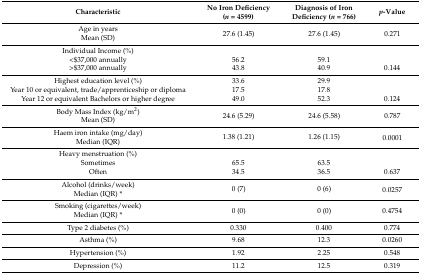
| Characteristic | No Iron Deficiency (n = 4599) | Diagnosis of Iron Deficiency (n = 766) | p-Value |
 | --- | --- | --- | --- |
 | Age in years | <ROWSPAN=2> 27.6 (1.45) | <ROWSPAN=2> 27.6 (1.45) | <ROWSPAN=2> 0.271 |
 | Mean (SD) |
 | Individual Income (%) |  |  |  |
 | <$37,000 annually | 56.2 | 59.1 |  |
 | >$37,000 annually | 43.8 | 40.9 | 0.144 |
 | Highest education level (%) | 33.6 | 29.9 |  |
 | Year 10 or equivalent, trade/apprenticeship or diploma | 17.5 | 17.8 |  |
 | Year 12 or equivalent Bachelors or higher degree | 49.0 | 52.3 | 0.124 |
 | Body Mass Index (kg/m2) | <ROWSPAN=2> 24.6 (5.29) | <ROWSPAN=2> 24.6 (5.58) | <ROWSPAN=2> 0.787 |
 | Mean (SD) |
 | Haem iron intake (mg/day) | <ROWSPAN=2> 1.38 (1.21) | <ROWSPAN=2> 1.26 (1.15) | <ROWSPAN=2> 0.0001 |
 | Median (IQR) |
 | Heavy menstruation (%) |  |  |  |
 | Sometimes | 65.5 | 63.5 |  |
 | Often | 34.5 | 36.5 | 0.637 |
 | Alcohol (drinks/week) | <ROWSPAN=2> 0 (7) | <ROWSPAN=2> 0 (6) | <ROWSPAN=2> 0.0257 |
 | Median (IQR) * |
 | Smoking (cigarettes/week) | <ROWSPAN=2> 0 (0) | <ROWSPAN=2> 0 (0) | <ROWSPAN=2> 0.4754 |
 | Median (IQR) * |
 | Type 2 diabetes (%) | 0.330 | 0.400 | 0.774 |
 | Asthma (%) | 9.68 | 12.3 | 0.0260 |
 | Hypertension (%) | 1.92 | 2.25 | 0.548 |
 | Depression (%) | 11.2 | 12.5 | 0.319 |